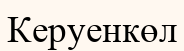
Керуенкөл